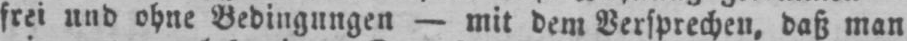
frei und ohne Bedingungen - mit dem Versprechen, daß man